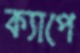
ক্যাপে